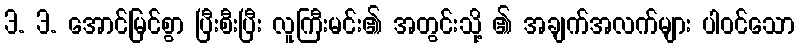
3. 3. အောင်မြင်စွာ ပြီးစီးပြီး လူကြီးမင်း၏ အတွင်းသို့ ၏ အချက်အလက်များ ပါဝင်သော